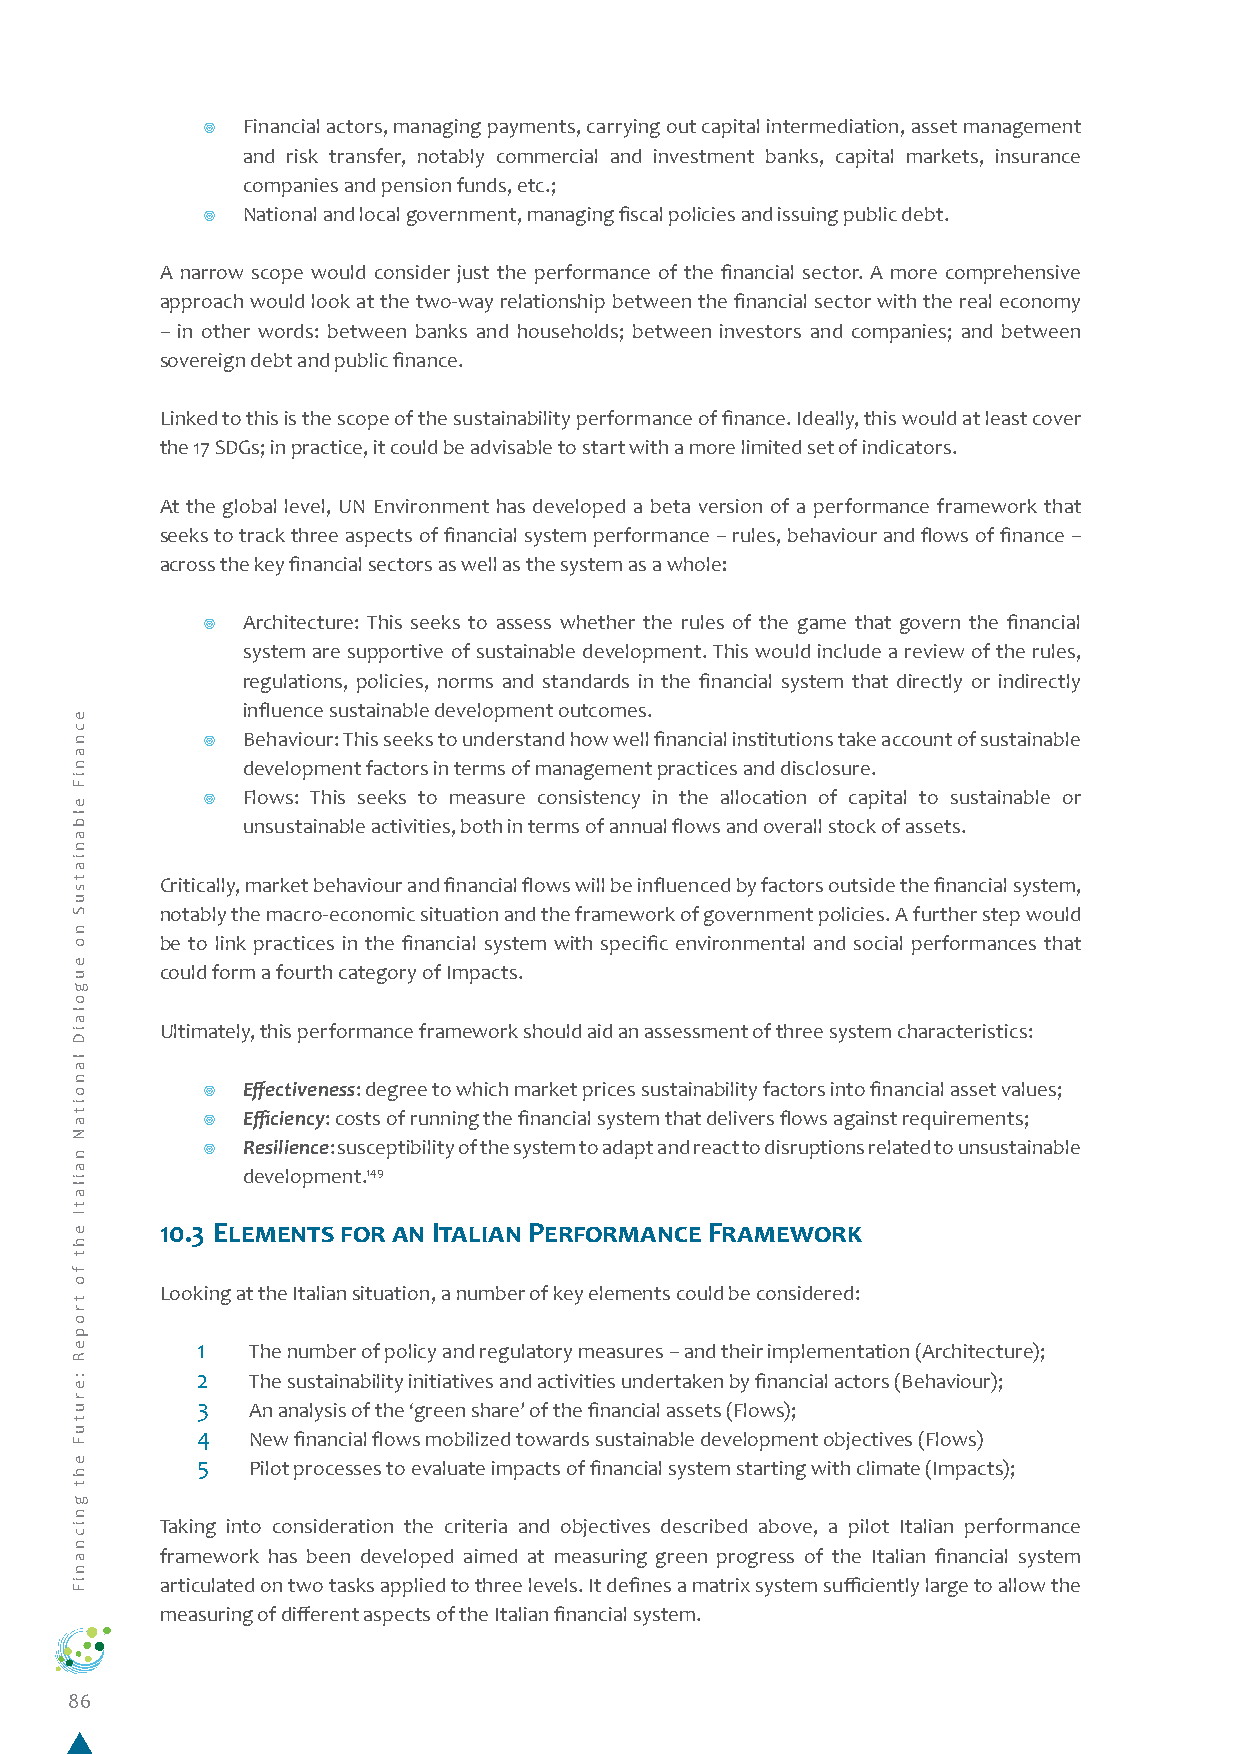
¥  Financial actors, managing payments, carrying out capital intermediation, asset management
 and risk transfer, notably commercial and investment banks, capital markets, insurance
 companies and pension funds, etc.;
 ¥  National and local government, managing fiscal policies and issuing public debt.
 A narrow scope would consider just the performance of the financial sector. A more comprehensive
 approach would look at the two-way relationship between the financial sector with the real economy
 – in other words: between banks and households; between investors and companies; and between
 sovereign debt and public finance.
 Linked to this is the scope of the sustainability performance of finance. Ideally, this would at least cover
 the 17 SDGs; in practice, it could be advisable to start with a more limited set of indicators.
 At the global level, UN Environment has developed a beta version of a performance framework that
 seeks to track three aspects of financial system performance – rules, behaviour and flows of finance –
 across the key financial sectors as well as the system as a whole:
 ¥  Architecture: This seeks to assess whether the rules of the game that govern the financial
 system are supportive of sustainable development. This would include a review of the rules,
 regulations, policies, norms and standards in the financial system that directly or indirectly
 influence sustainable development outcomes.
 ¥  Behaviour: This seeks to understand how well financial institutions take account of sustainable
 development factors in terms of management practices and disclosure.
 ¥  Flows: This seeks to measure consistency in the allocation of capital to sustainable or
 unsustainable activities, both in terms of annual flows and overall stock of assets.
 Critically, market behaviour and financial flows will be influenced by factors outside the financial system,
 notably the macro-economic situation and the framework of government policies. A further step would
 be to link practices in the financial system with specific environmental and social performances that
 could form a fourth category of Impacts.
 Ultimately, this performance framework should aid an assessment of three system characteristics:
 ¥  Effectiveness: degree to which market prices sustainability factors into financial asset values;
 ¥  Efficiency: costs of running the financial system that delivers flows against requirements;
 ¥  Resilience: susceptibility of the system to adapt and react to disruptions related to unsustainable
 development.149
 10.3 Elements for an Italian Performance Framework
 Looking at the Italian situation, a number of key elements could be considered:
 1  The number of policy and regulatory measures – and their implementation (Architecture);
 2  The sustainability initiatives and activities undertaken by financial actors (Behaviour);
 3  An analysis of the ‘green share’ of the financial assets (Flows);
 4  New financial flows mobilized towards sustainable development objectives (Flows)
 5  Pilot processes to evaluate impacts of financial system starting with climate (Impacts);
 Taking into consideration the criteria and objectives described above, a pilot Italian performance
 framework has been developed aimed at measuring green progress of the Italian financial system
 articulated on two tasks applied to three levels. It defines a matrix system sufficiently large to allow the
 measuring of different aspects of the Italian financial system.
 86
 ecnaniF
 elbaniatsuS
 no
 eugolaiD
 lanoitaN
 nailatI
 eht
 fo
 tropeR
 :erutuF
 eht
 gnicnaniF